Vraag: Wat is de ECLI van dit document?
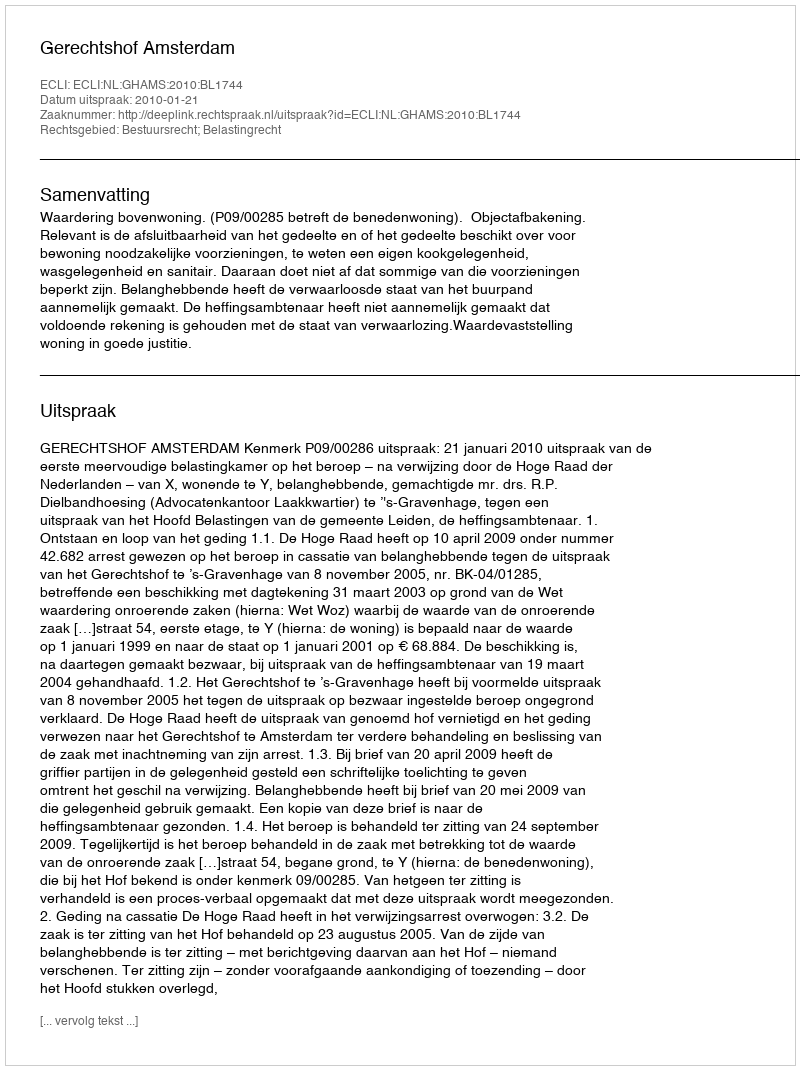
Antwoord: ECLI:NL:GHAMS:2010:BL1744